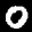
Label: 0